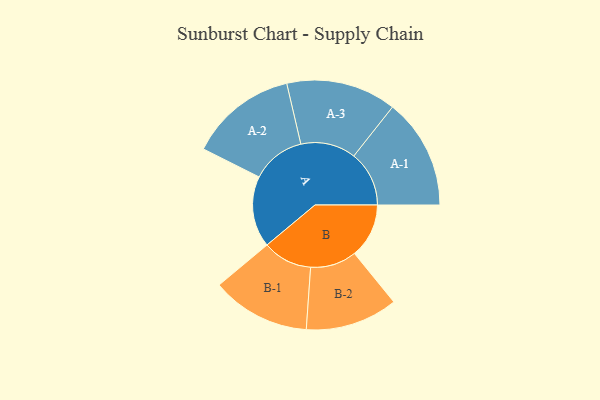
{"axis": {"x": "Segment", "y": "Value"}, "legend": ["", "A", "B"], "data": [{"x": "A", "y": 328, "type": ""}, {"x": "B", "y": 251, "type": ""}, {"x": "A-1", "y": 255, "type": "A"}, {"x": "A-2", "y": 248, "type": "A"}, {"x": "A-3", "y": 254, "type": "A"}, {"x": "B-1", "y": 228, "type": "B"}, {"x": "B-2", "y": 213, "type": "B"}]}